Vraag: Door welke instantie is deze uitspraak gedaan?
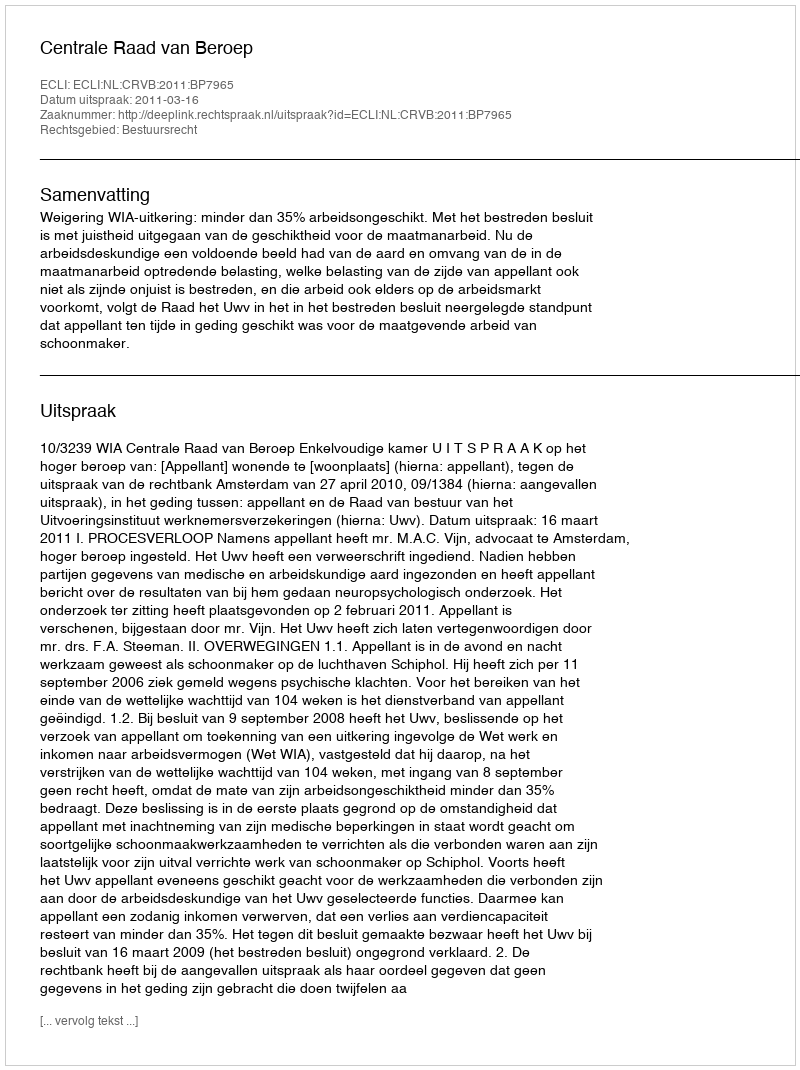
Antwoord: Centrale Raad van Beroep